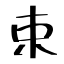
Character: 束